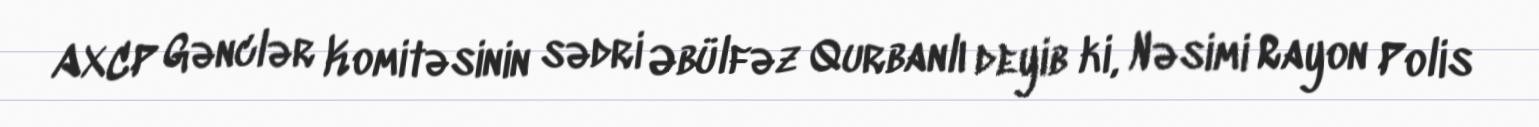
AXCP Gənclər Komitəsinin sədri Əbülfəz Qurbanlı deyib ki, Nəsimi Rayon Polis